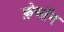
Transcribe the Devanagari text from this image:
फ़ेथॉन